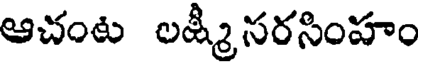
ఆచంట లక్ష్మీ సరసింహం